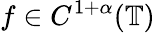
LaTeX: f\in C^{1+\alpha}(\mathbb{T})